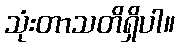
သုံးတာသတိရှိပါ။